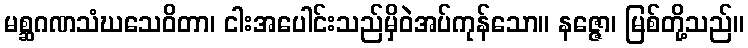
မစ္ဆဂဏသံဃသေဝိတာ၊ ငါးအပေါင်းသည်မှိဝဲအပ်ကုန်သော။ နဇ္ဇော၊ မြစ်တို့သည်။